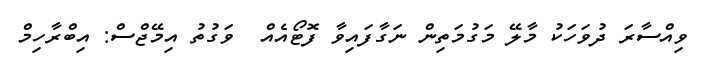
ވިއްސާރަ ދުވަހަކު މާލޭ މަގުމަތިން ނަގާފައިވާ ފޮޓޯއެއް  ވަގުތު އިމޭޖްސް: އިބްރާހިމް